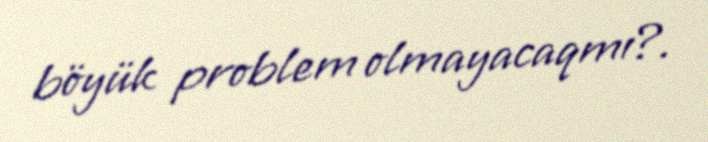
böyük problem olmayacaqmı?.